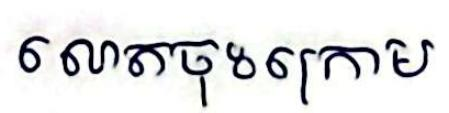
លោតចុះក្រោម